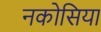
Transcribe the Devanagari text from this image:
नकोसिया